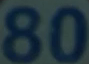
80